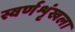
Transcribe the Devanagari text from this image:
स्वर्णशृंखला